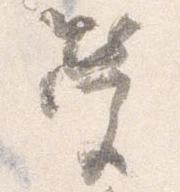
営